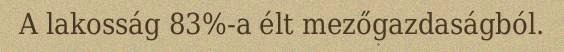
A lakosság 83%-a élt mezőgazdaságból.